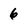
Character: 6